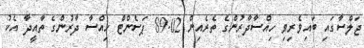
ޖަލްސާގައި ބައިވެރިވި ހިއްސާދާރުންގެ ތެރެއިން 89.02 ޕަސެންޓް ހިއްސާ ދާރުންގެ ތާއީދާ އެކު